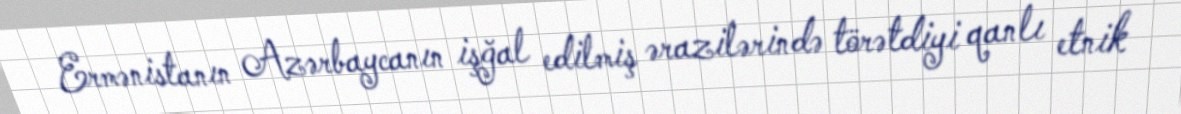
Ermənistanın Azərbaycanın işğal edilmiş ərazilərində törətdiyi qanlı etnik